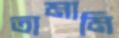
তামামি